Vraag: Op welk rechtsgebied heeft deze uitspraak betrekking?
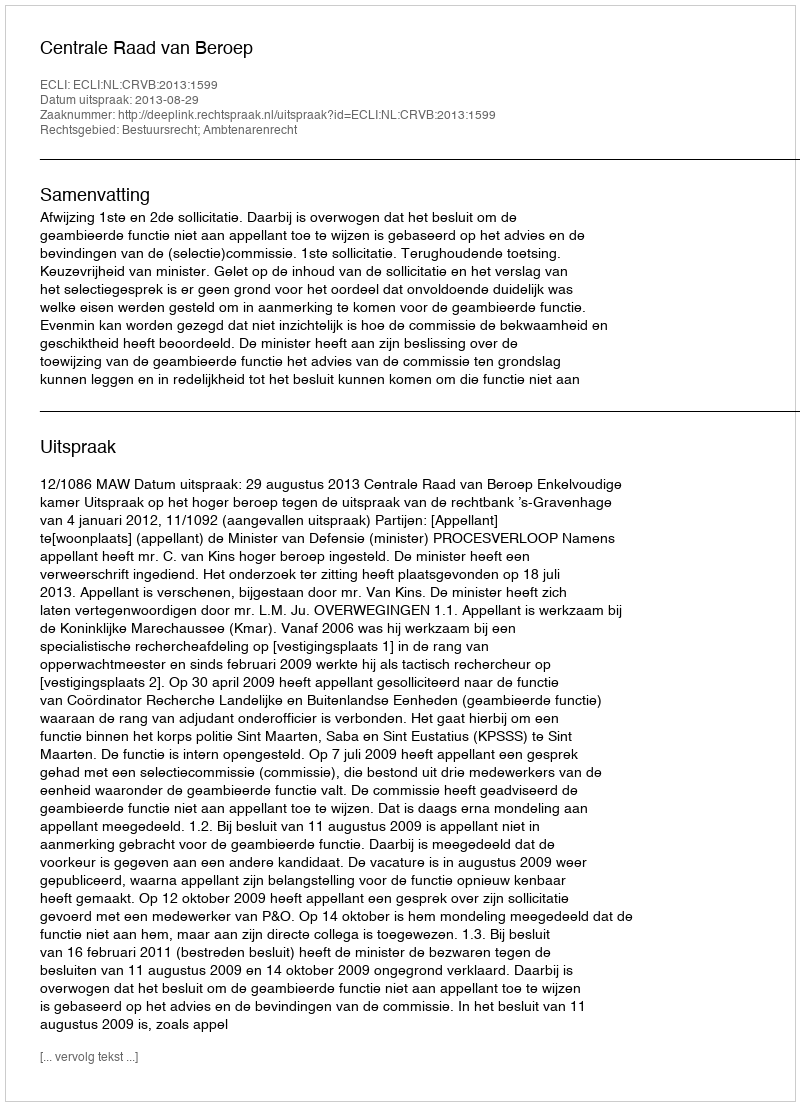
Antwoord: Bestuursrecht; Ambtenarenrecht